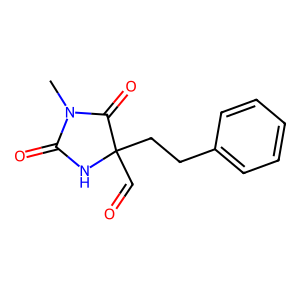
SMILES: CN1C(=O)NC(C=O)(CCc2ccccc2)C1=O
Inhibits HIV replication: No